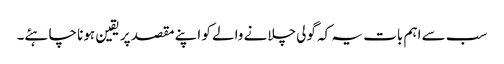
سب سے اہم بات یہ کہ گولی چلانے والے کو اپنے مقصد پر یقین ہونا چاہئے۔